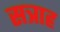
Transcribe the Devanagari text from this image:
सत्राह